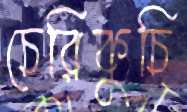
চেরিকুচি